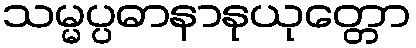
သမ္မပ္ပဓာနာနုယုတ္တော